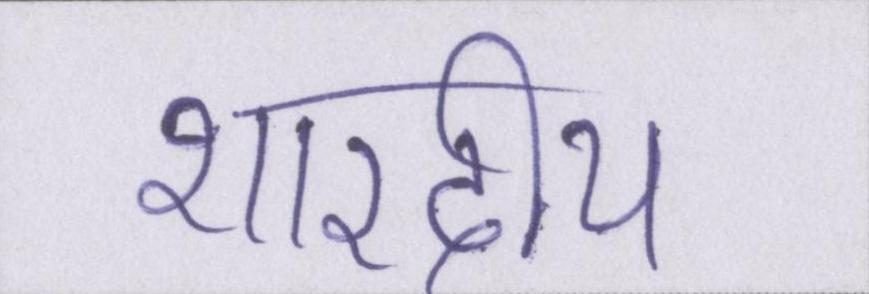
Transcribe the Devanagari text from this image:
शारदीय